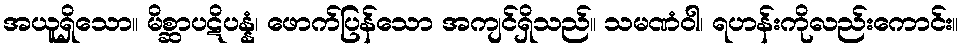
အယူရှိသော။ မိစ္ဆာပဋိပန္နံ၊ ဖောက်ပြန်သော အကျင်ရှိသည်။ သမဏံဝါ၊ ရဟန်းကိုလည်းကောင်း။